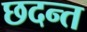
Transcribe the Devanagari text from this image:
छदन्त